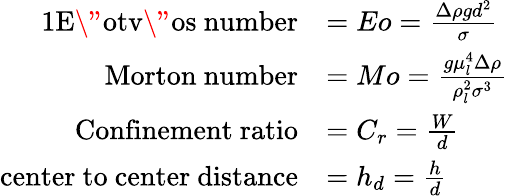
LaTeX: \begin{array}{rl}{{1}\mathrm{E\" otv\" os~number}}&{=Eo=\frac{\Delta\rho gd^{2}}{\sigma}}\\ {\mathrm{Morton~number}}&{=Mo=\frac{g\mu_{l}^{4}\Delta\rho}{\rho_{l}^{2}\sigma^{3}}}\\ {\mathrm{Confinement~ratio}}&{=C_{r}=\frac{W}{d}}\\ {\mathrm{center~to~center~distance}}&{=h_{d}=\frac{h}{d}}\end{array}